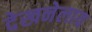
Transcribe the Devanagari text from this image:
देखनेलाय